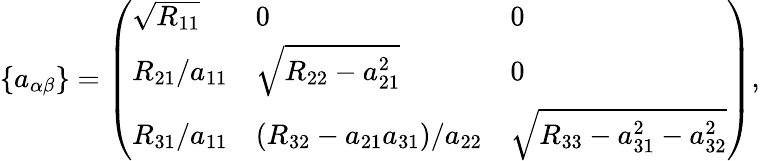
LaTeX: \left\{ a_{\alpha\beta}\right\} =\left(\begin{array}{lll}{\sqrt{R_{11}}}&{0}&{0}\\ {R_{21}/a_{11}}&{\sqrt{R_{22}-a_{21}^{2}}}&{0}\\ {R_{31}/a_{11}}&{(R_{32}-a_{21}a_{31})/a_{22}}&{\sqrt{R_{33}-a_{31}^{2}-a_{32}^{2}}}\end{array}\right),